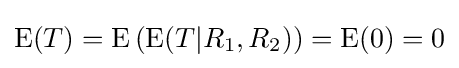
\operatorname {E} (T)=\operatorname {E} \left(\operatorname {E} (T|R_{1},R_{2})\right)=\operatorname {E} (0)=0